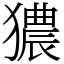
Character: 㺜